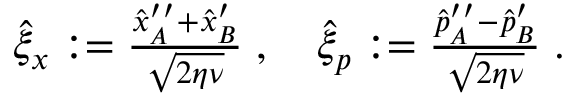
\begin{array} { r } { \hat { \xi } _ { x } : = \frac { \hat { x } _ { A } ^ { \prime \prime } + \hat { x } _ { B } ^ { \prime } } { \sqrt { 2 \eta \nu } } \; , \quad \hat { \xi } _ { p } : = \frac { \hat { p } _ { A } ^ { \prime \prime } - \hat { p } _ { B } ^ { \prime } } { \sqrt { 2 \eta \nu } } \; . } \end{array}